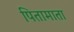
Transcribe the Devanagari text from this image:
पितामाता